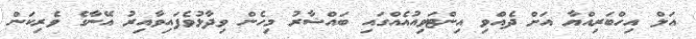
އަލް އިހްބަރިއްޔާ އަށް ދެއްވި އިންޓަވިއުއެއްގައި ބައްޝާރު މިހެން ވިދާޅުވެފައިވާއިރު އޭނާގެ ވެރިކަން